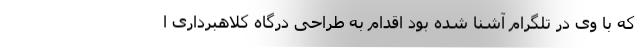
که با وی در تلگرام آشنا شده بود اقدام به طراحی درگاه کلاهبرداری ا